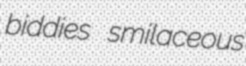
biddies smilaceous